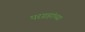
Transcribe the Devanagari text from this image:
परग्रहांच्या